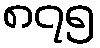
၈၇၅